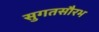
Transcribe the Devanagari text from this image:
सुगतसौरभ